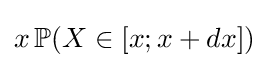
x\,\mathbb {P} (X\in [x;x+dx])